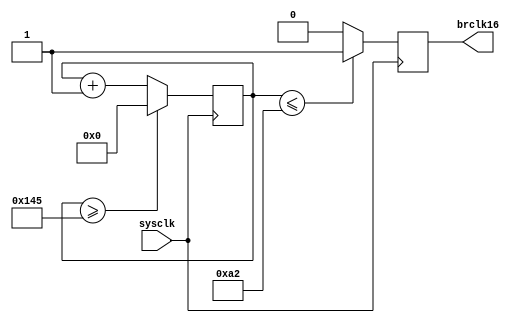
module BrClk(sysclk, brclk16);
input   sysclk;
output  reg brclk16;

parameter   CNT_NUM = 10'd325;
reg [9:0]   cnt;

initial
begin
    brclk16 = 0;
    cnt = 0;
end

always @(posedge sysclk)
begin
    if (cnt >= CNT_NUM)
        cnt <= 10'd0;
    else
        cnt <= cnt + 10'd1;

    if (cnt <= 10'd162)
        brclk16 <= 1;
    else
        brclk16 <= 0;
end

endmodule